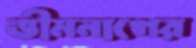
ভীমনাগের